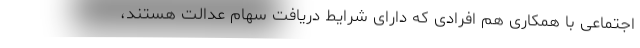
اجتماعی با همکاری هم افرادی که دارای شرایط دریافت سهام عدالت هستند،